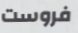
فروست